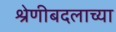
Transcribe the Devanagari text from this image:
श्रेणीबदलाच्या